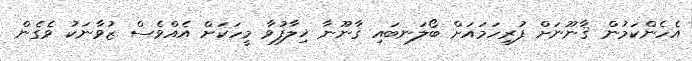
އެހެންކަމުން ޤާނޫނަށް ފުރިހަމައަށް ބޯލަނބައި ޤާނޫނާ ޚިލާފުވާ މީހަކަށް އެއްވެސް ޒުވާނަކު ވެގެން